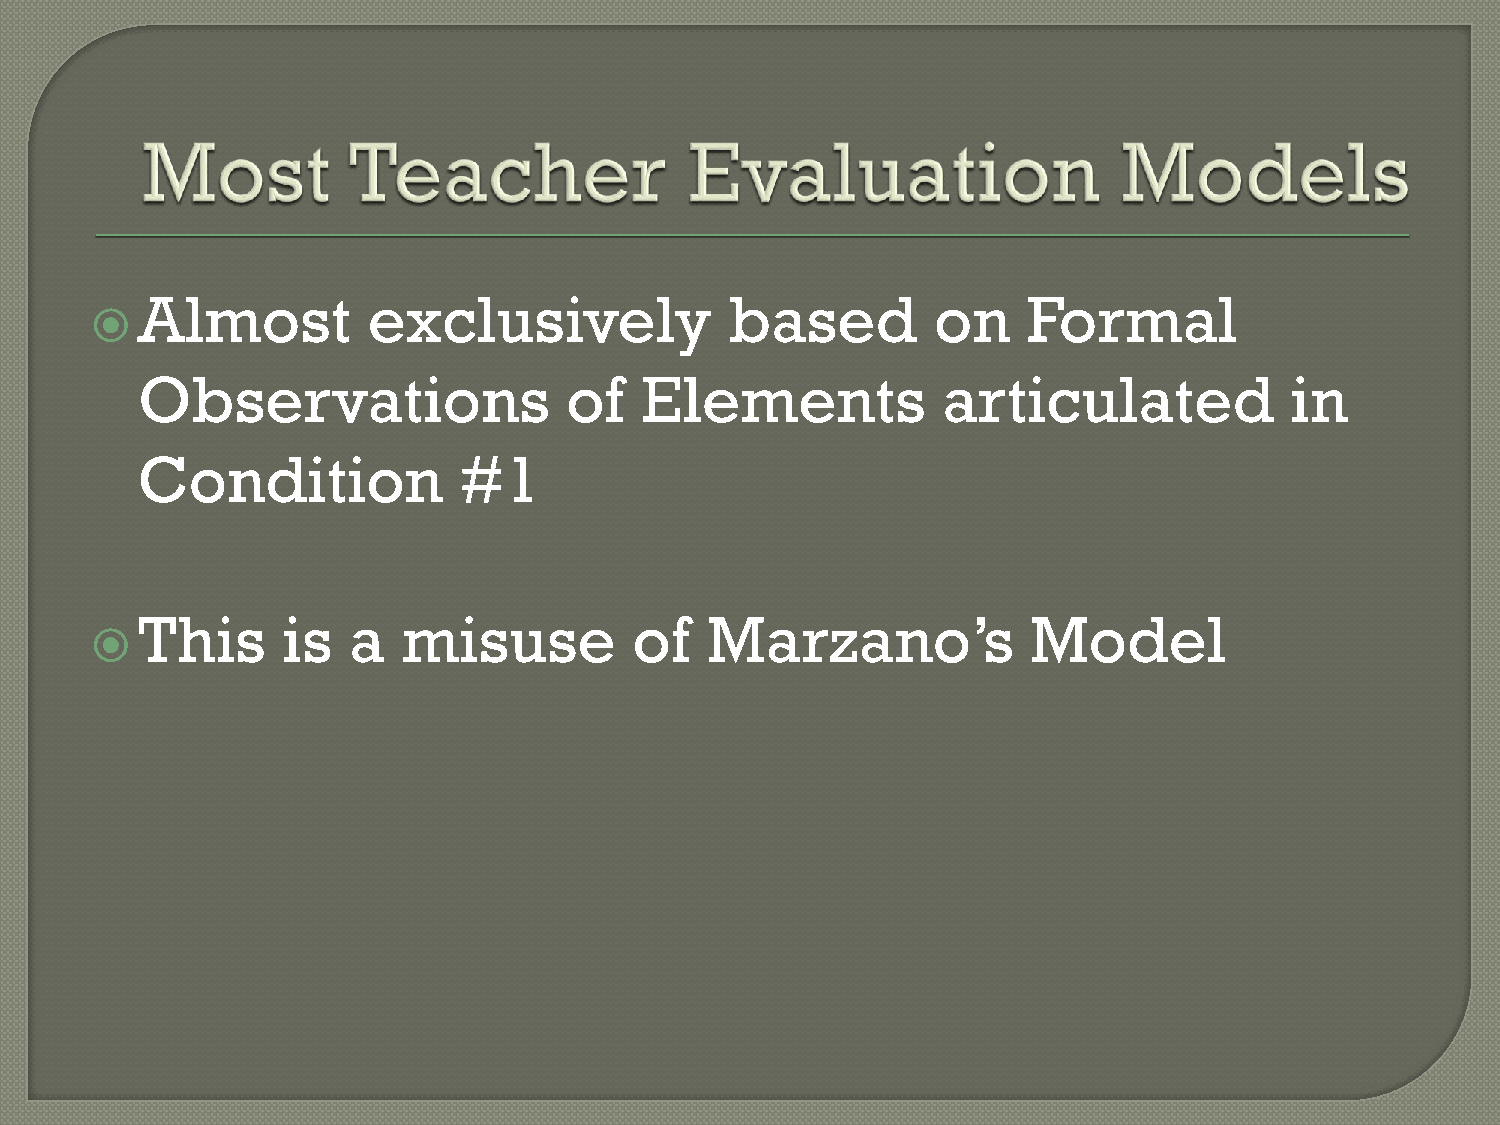
Almost         exclusively             based         on    Formal
 
 Observations                of   Elements            articulated            in
 Condition            #1
 This      is  a   misuse         of   Marzano’s            Model
 